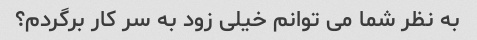
به نظر شما می توانم خیلی زود به سر کار برگردم؟